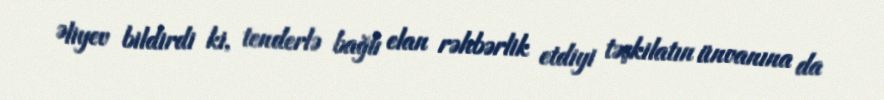
Əliyev bildirdi ki, tenderlə bağlı elan rəhbərlik etdiyi təşkilatın ünvanına da